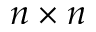
n \times n